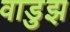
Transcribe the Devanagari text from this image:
वाडुझ